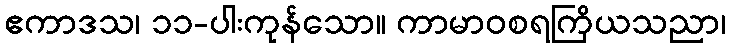
ဧကာဒသ၊ ၁၁-ပါးကုန်သော။ ကာမာဝစရကြိယသညာ၊